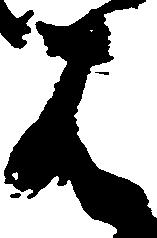
は